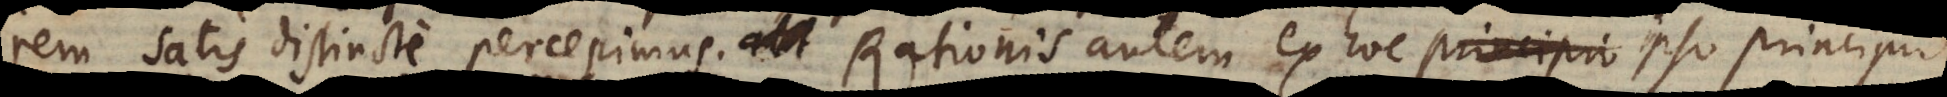
m satis distincte percepimus; Rationis autem ex hoc principio generali,